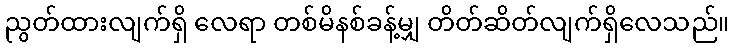
ညွတ်ထားလျက်ရှိ လေရာ တစ်မိနစ်ခန့်မျှ တိတ်ဆိတ်လျက်ရှိလေသည်။